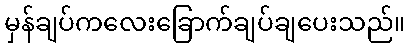
မှန်ချပ်ကလေးခြောက်ချပ်ချပေးသည်။